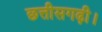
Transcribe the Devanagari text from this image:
छत्तीसगढ़ी।